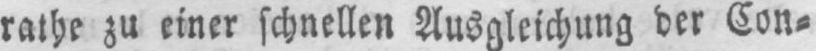
rathe zu einer schnellen Ausgleichung der Con⸗